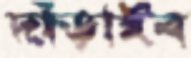
দাঁড়াইব